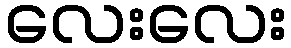
လေးလေး